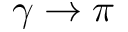
\gamma \to \pi